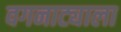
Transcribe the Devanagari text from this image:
वगनाट्याला